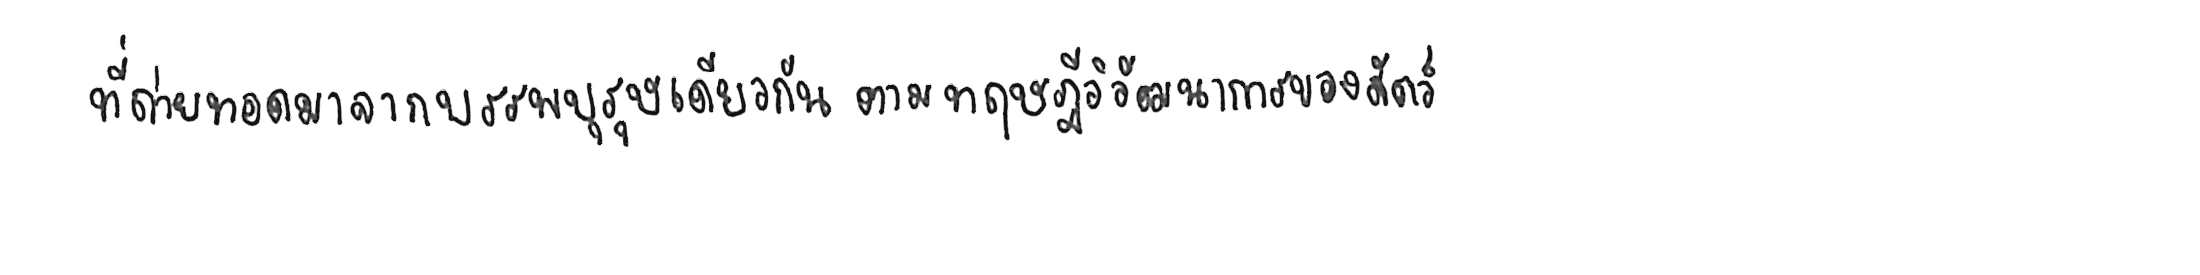
ที่ถ่ายทอดมาจากบรรพบุรุษเดียวกัน ตามทฤษฎีวิวัฒนาการของสัตว์